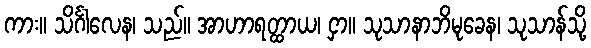
ကား။ သိင်္ဂါလေန၊ သည်။ အာဟာရတ္ထာယ၊ ငှာ။ သုသာနာဘိမုခေန၊ သုသာန်သို့